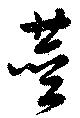
茎